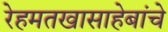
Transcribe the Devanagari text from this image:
रेहमतखासाहेबांचे